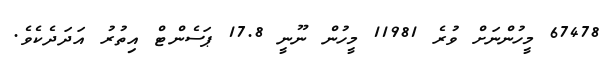
67478 މީހުންނަށް ވުރެ 11981 މީހުން ނޫނީ 17.8 ޕަސެންޓް އިތުރު އަދަދެކެވެ.